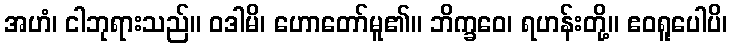
အဟံ၊ ငါဘုရားသည်။ ဝဒါမိ၊ ဟောတော်မူ၏။ ဘိက္ခဝေ၊ ရဟန်းတို့။ ဧဝရူပေါပိ၊